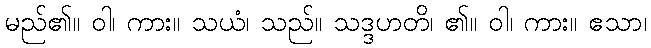
မည်၏။ ဝါ၊ ကား။ သယံ၊ သည်။ သဒ္ဒဟတိ၊ ၏။ ဝါ၊ ကား။ ဧသာ၊